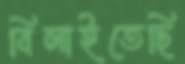
বিলাইতেছি